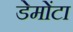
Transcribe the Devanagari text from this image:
डेमोंटा